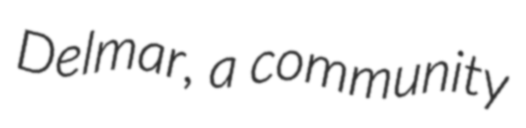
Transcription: Delmar, a community